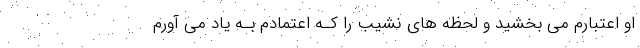
او اعتبارم می بخشید و لحظه هاي‌ نشیب را کـه اعتمادم بـه یاد می آورم